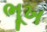
ભૂખ